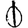
Digit: 0